Tartu_pedagoogiumi_aruanded, lk 4
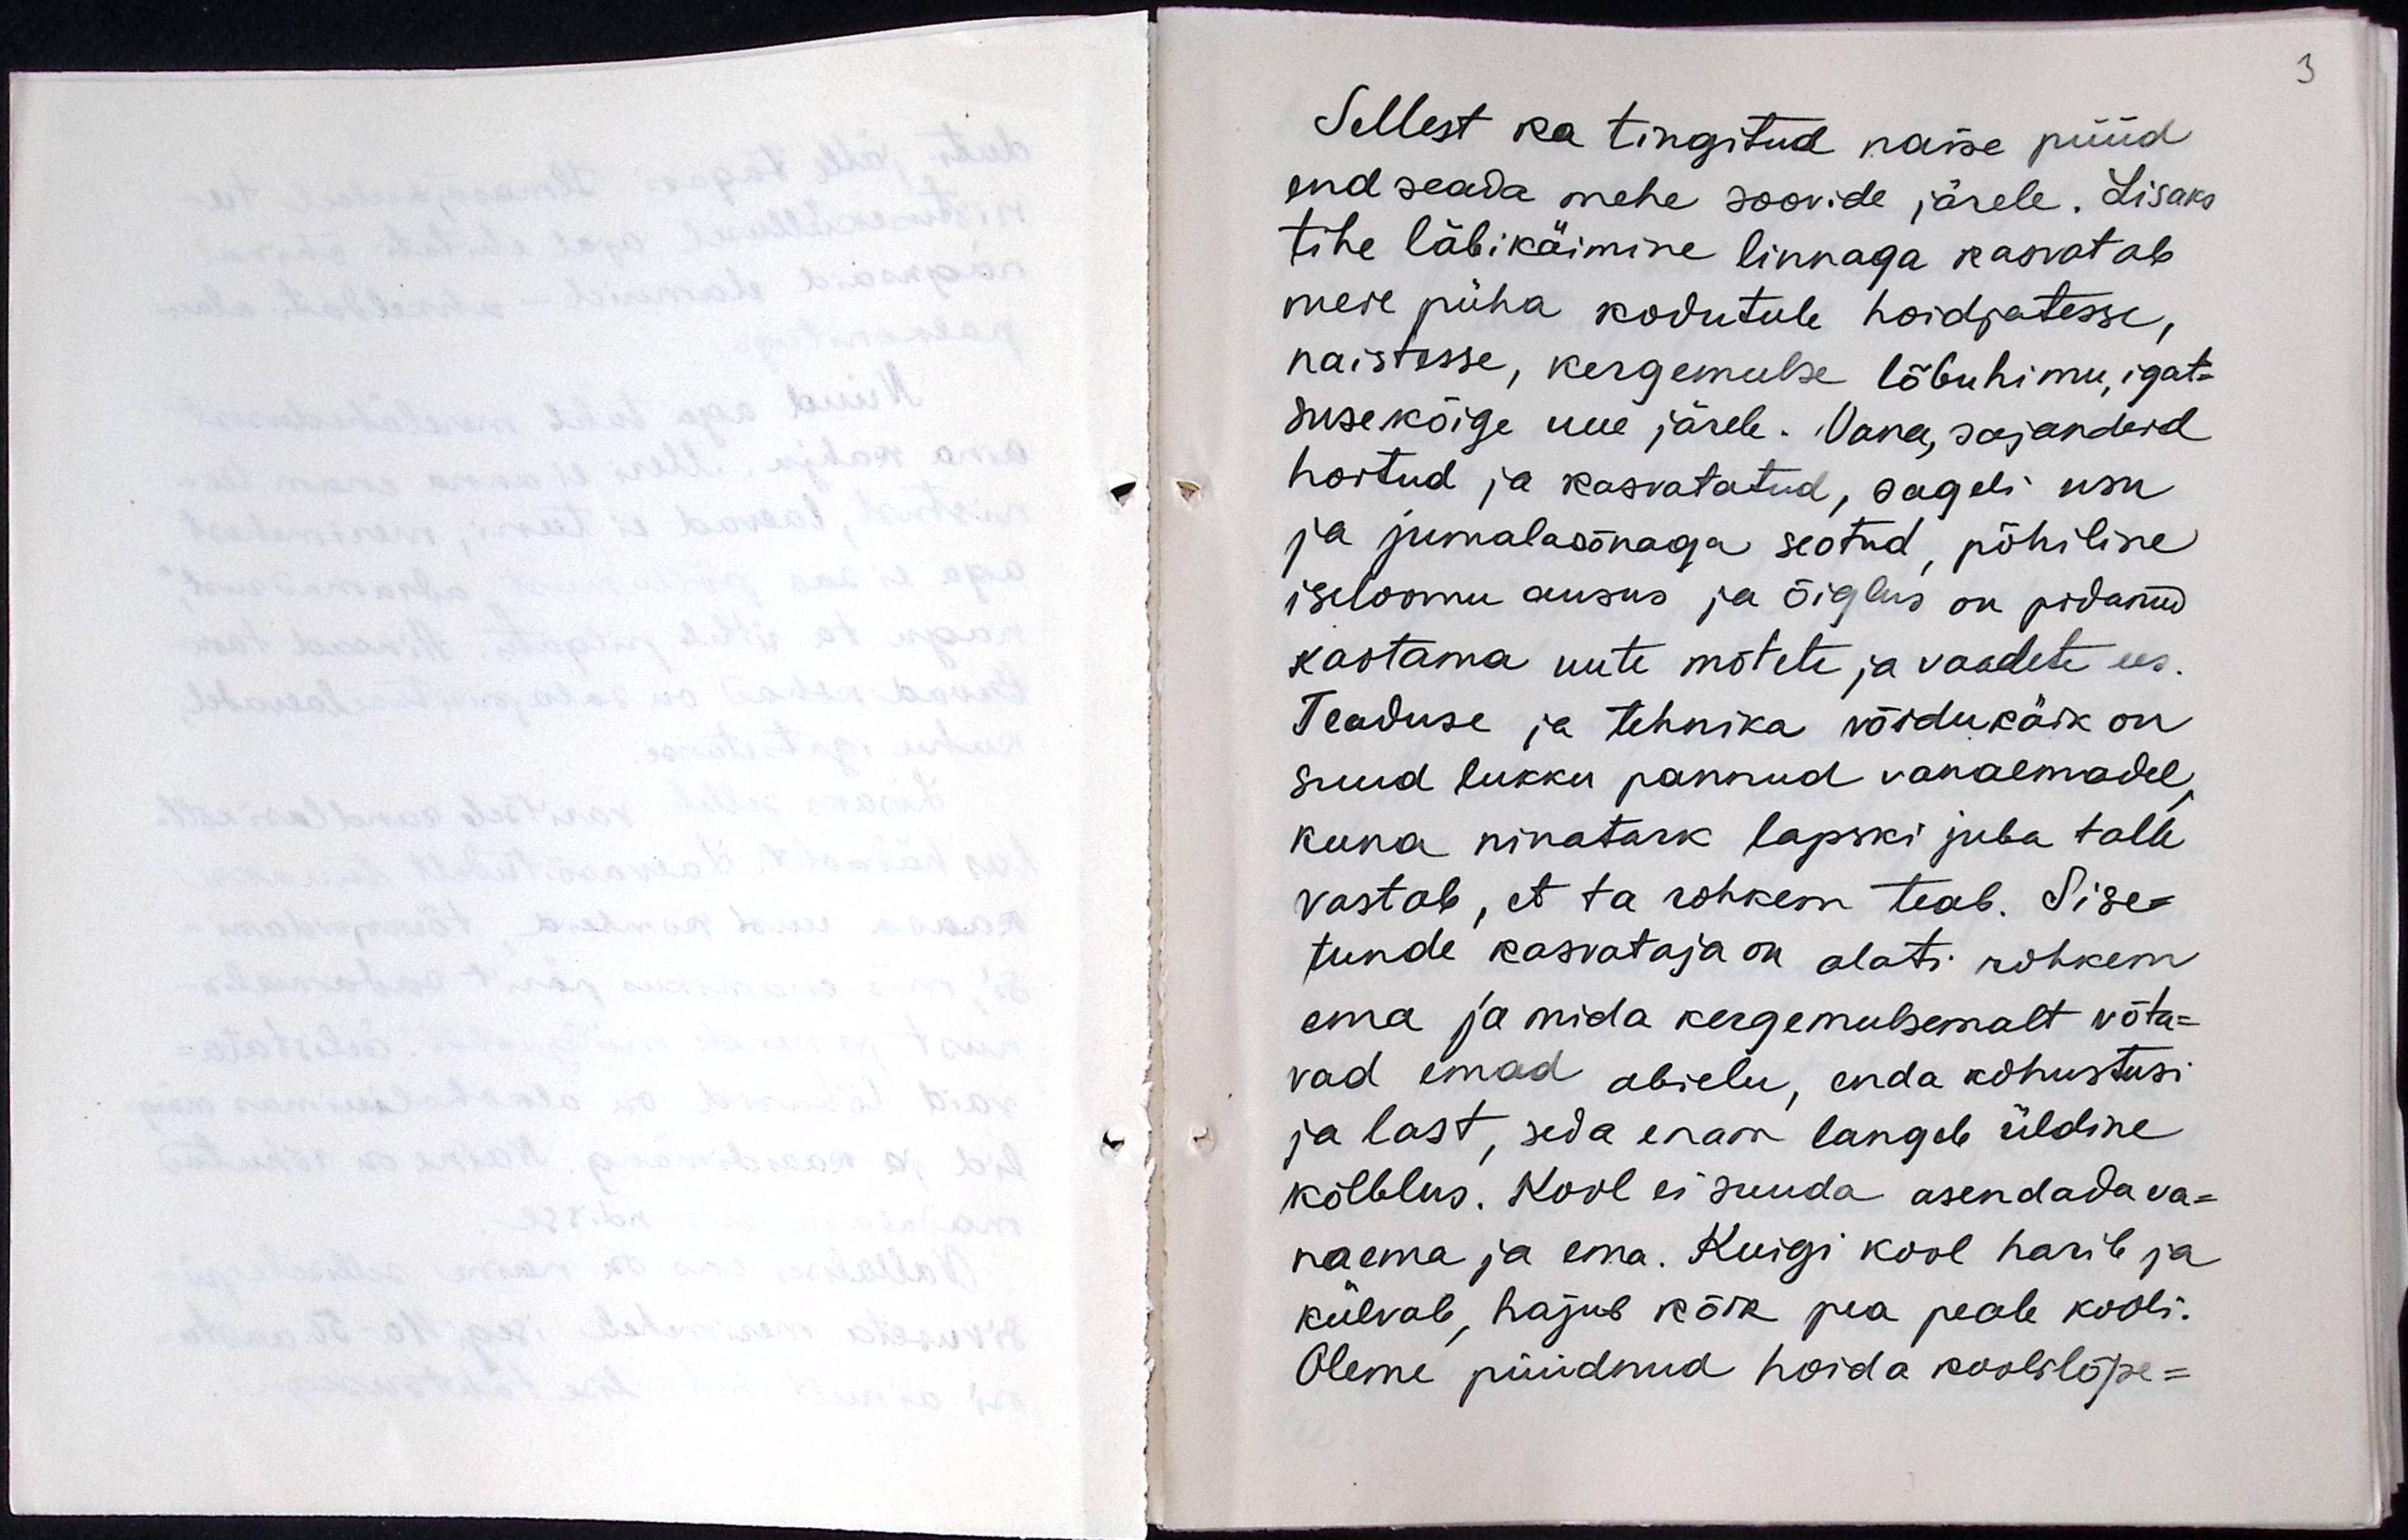
Sellest ka tingitud naise püüd
end seada mehe soovide järele. Lisaks
tihe läbikäimine linnaga kasvatab
mere püha kodutule hoidjatesse,
naistesse, kergemeelse lõbuhimu, igat-
suse kõige uue järele. Vana, sajandeid
hoitud ja kasvatatud, sageli usu
ja jumalasõnaga seotud, põhilise
iseloomu ausus ja õiglus on pidanud
kasvatama uute mõtete ja vaadete ees.
Teaduse ja tehnika võidukäik on
suud lukku pannud vanaemadel,
kuna ninatark lapski juba talle
vastab, et ta rohkem teab. Sise-
tunde kasvataja on alati rohkem
ema ja mida kergemeelsemalt võta-
vad emad abielu, enda kohustusi
ja last, seda enam langeb üldine
kõlblus. Kool ei suuda asendada va-
naema ja ema. Kuigi kool harib ja
külvab, hajub kõik pea peale kooli.
Oleme püüdnud hoida koolilõpe-